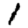
Digit: 1